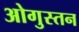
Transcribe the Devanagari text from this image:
ओगुस्तन